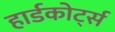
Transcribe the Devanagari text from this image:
हार्डकोर्ट्स